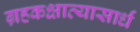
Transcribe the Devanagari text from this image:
ग्रहकक्षाव्यासार्धं